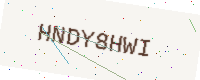
Text: HNDY8HWI